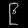
Digit: ၉